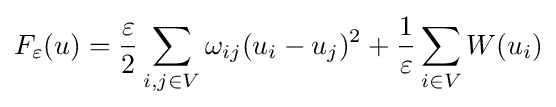
F_{\varepsilon }(u)={\frac {\varepsilon }{2}}\sum _{i,j\in V}\omega _{ij}(u_{i}-u_{j})^{2}+{\frac {1}{\varepsilon }}\sum _{i\in V}W(u_{i})